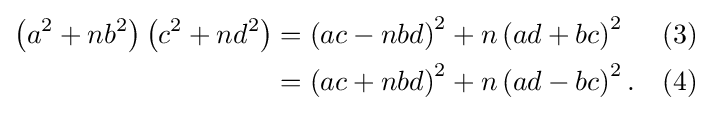
{\begin{aligned}\left(a^{2}+nb^{2}\right)\left(c^{2}+nd^{2}\right)&{}=\left(ac-nbd\right)^{2}+n\left(ad+bc\right)^{2}&&(3)\\&{}=\left(ac+nbd\right)^{2}+n\left(ad-bc\right)^{2}.&&(4)\end{aligned}}